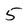
Character: 5